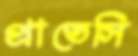
প্রাতেসি